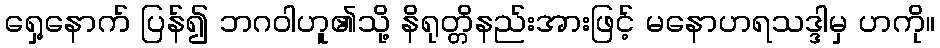
ရှေ့နောက် ပြန်၍ ဘဂဝါဟူ၏သို့ နိရုတ္တိနည်းအားဖြင့် မနောဟရသဒ္ဒါမှ ဟကို။